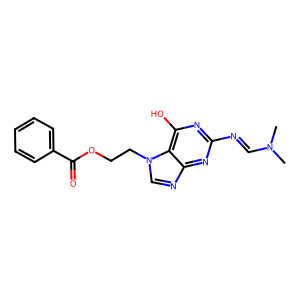
SMILES: CN(C)C=Nc1nc(O)c2c(ncn2CCOC(=O)c2ccccc2)n1
Inhibits HIV replication: No